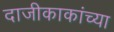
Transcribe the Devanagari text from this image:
दाजीकाकांच्या